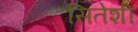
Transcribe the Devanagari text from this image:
सितेशी